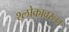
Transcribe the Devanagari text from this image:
श्लोकावरून